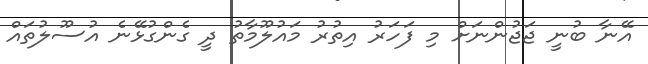
އޭނާ ބުނީ ޖަޖުންނަށް މި ފަހަރު އިތުރު މައުލޫމާތު ދީ ގެންގުޅޭނެ އުސޫލުތައް